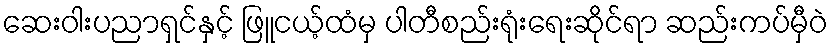
ဆေးဝါးပညာရှင်နှင့် ဖြူငယ့်ထံမှ ပါတီစည်းရုံးရေးဆိုင်ရာ ဆည်းကပ်မှီဝဲ